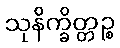
သုနိက္ခိတ္တဉ္စ